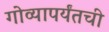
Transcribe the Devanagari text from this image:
गोव्यापर्यंतची